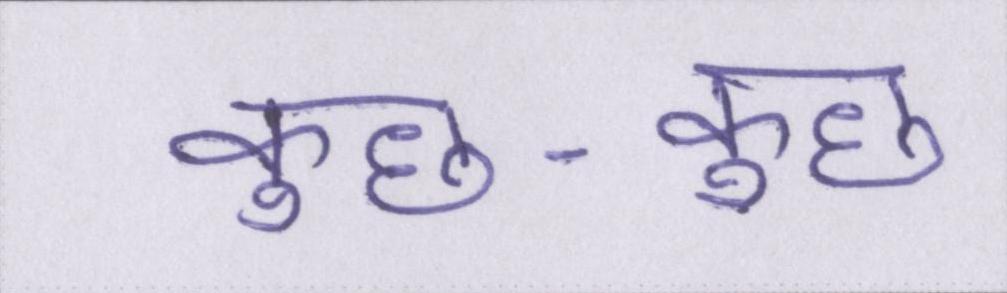
कुछ-कुछ